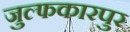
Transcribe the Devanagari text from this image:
जुल्फकारपुर